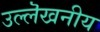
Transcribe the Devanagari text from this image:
उल्लॆखनीय